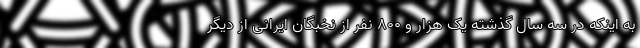
به اینکه در سه سال گذشته یک هزار و ۸۰۰ نفر از نخبگان ایرانی از دیگر